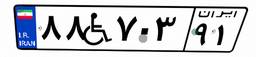
۸۸W۷۰۳۹۱